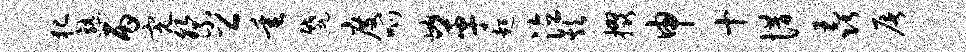
犯熟丙完祭公垂蹙度呱岫革超泣炊掇申十惜毳屠